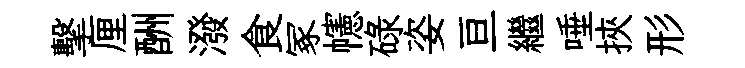
擊厘酬潑食冢幰碌姿亘繼唾挾形